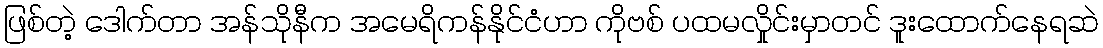
ဖြစ်တဲ့ ဒေါက်တာ အန်သိုနီက အမေရိကန်နိုင်ငံဟာ ကိုဗစ် ပထမလှိုင်းမှာတင် ဒူးထောက်နေရဆဲ